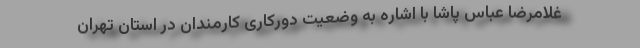
غلامرضا عباس پاشا با اشاره به وضعیت دورکاری کارمندان در استان تهران